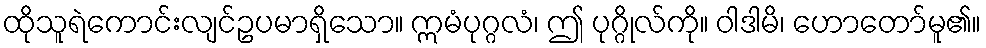
ထိုသူရဲကောင်းလျင်ဥပမာရှိသော။ ဣမံပုဂ္ဂလံ၊ ဤ ပုဂ္ဂိုလ်ကို။ ဝါဒါမိ၊ ဟောတော်မူ၏။